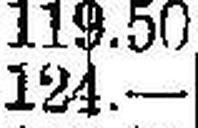
124.—